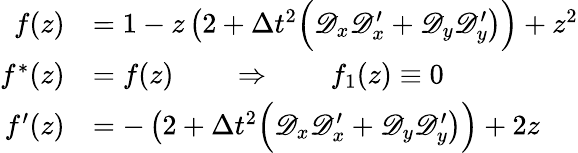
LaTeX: \begin{array}{rl}{f(z)}&{=1-z\left(2+\Delta t^{2}\Big(\mathscr D_{x}\mathscr D_{x}^{\prime}+\mathscr D_{y}\mathscr D_{y}^{\prime}\right)\Big)+z^{2}}\\ {f^{*}(z)}&{=f(z)\qquad\Rightarrow\qquad f_{1}(z)\equiv 0}\\ {f^{\prime}(z)}&{=-\left(2+\Delta t^{2}\Big(\mathscr D_{x}\mathscr D_{x}^{\prime}+\mathscr D_{y}\mathscr D_{y}^{\prime}\right)\Big)+2z}\end{array}